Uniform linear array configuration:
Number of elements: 8
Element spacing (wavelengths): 0.75
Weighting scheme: hann
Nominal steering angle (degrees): -15
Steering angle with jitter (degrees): -13.822
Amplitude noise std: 0.05
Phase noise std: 0.05

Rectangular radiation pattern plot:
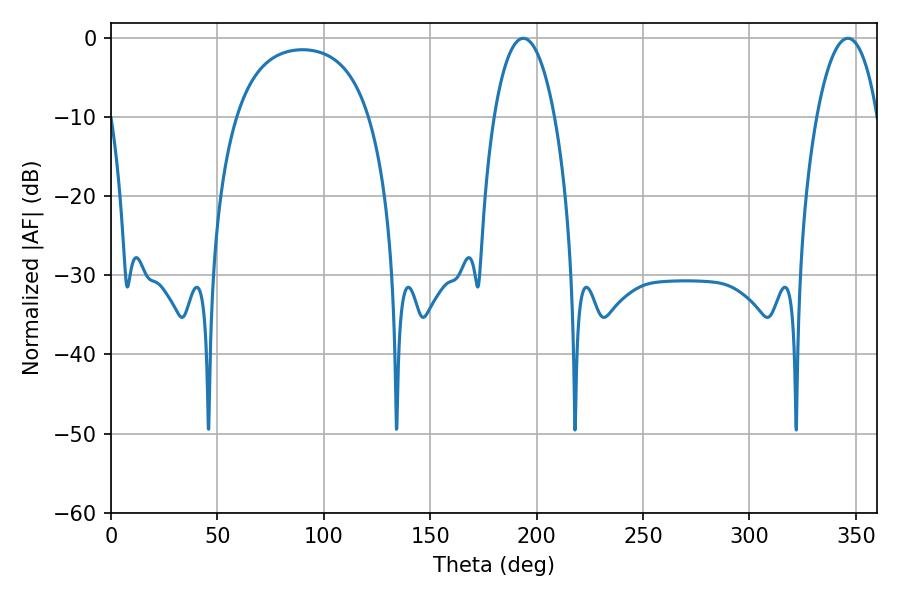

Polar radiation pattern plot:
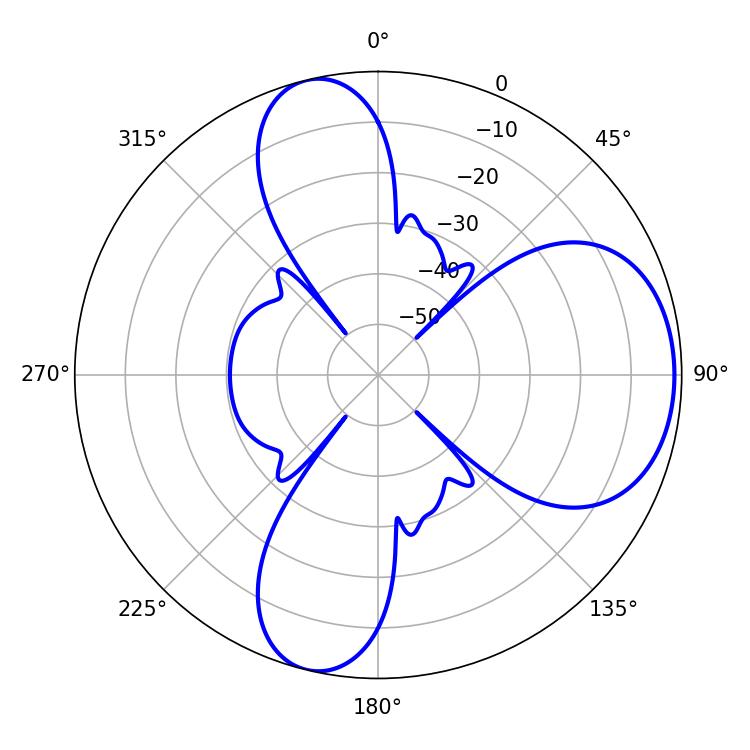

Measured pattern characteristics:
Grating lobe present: TRUE
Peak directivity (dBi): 7.314
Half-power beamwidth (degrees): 16.02
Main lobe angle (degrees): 346.32